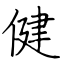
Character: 健